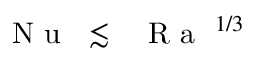
\mathrm { ~ \textit ~ { ~ N ~ u ~ } ~ } \lesssim \mathrm { ~ \textit ~ { ~ R ~ a ~ } ~ } ^ { 1 / 3 }